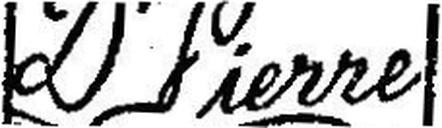
Dr Lierre